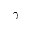
\gamma